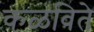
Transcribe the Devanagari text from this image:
कळविते